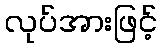
လုပ်အားဖြင့်